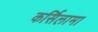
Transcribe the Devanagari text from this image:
कर्सिलामा